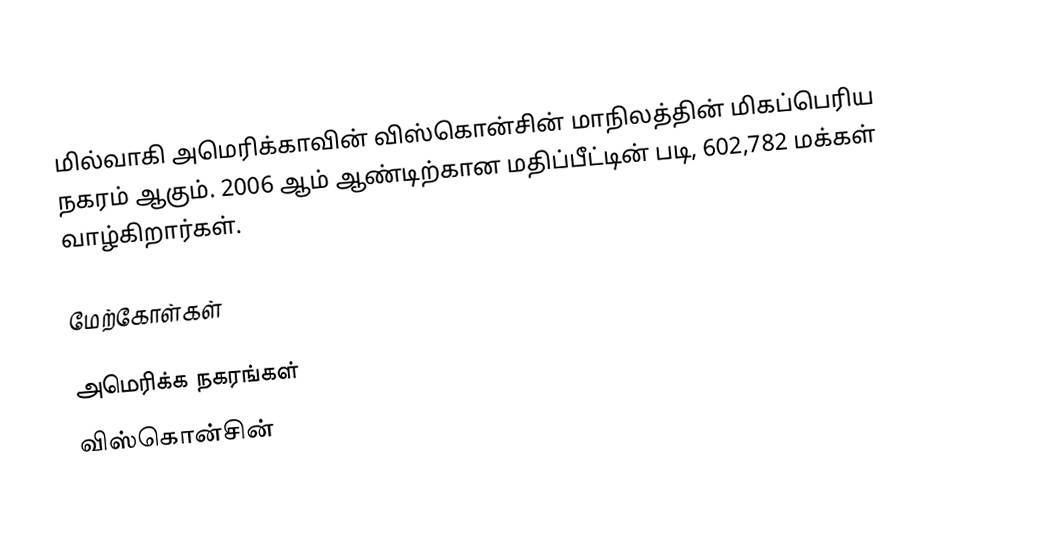
மில்வாகி அமெரிக்காவின் விஸ்கொன்சின் மாநிலத்தின் மிகப்பெரிய நகரம் ஆகும். 2006 ஆம் ஆண்டிற்கான மதிப்பீட்டின் படி, 602,782 மக்கள் வாழ்கிறார்கள்.

மேற்கோள்கள்

அமெரிக்க நகரங்கள்
விஸ்கொன்சின்